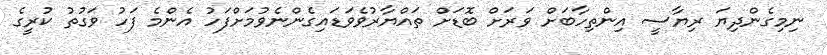
ނިމިގެންދިޔަ ރިޔާސީ އިންތިހާބަށް ވަރަށް ބޮޑަށް ތައްޔާރުވެވަޑައިގެންނެވުމަށްފަހު އެންމެ ފަހު ވަގުތު ކުރީގެ